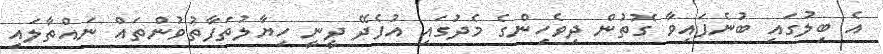
އެ ބިލުގައި ބުނެފައިވާ ގޮތުން ދިވެހިންގެ މެދުގައި އުފެދޭ ދީނީ ހިޔާލުތަފާތުވުންތައް ނައްތާލައި